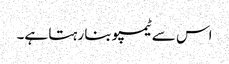
اس سے ٹیمپو بنا رہتا ہے۔